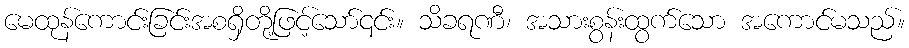
မေထုန်ကောင်းခြင်းအစရှိတို့ဖြင့်သော်၎င်း။ သိခရဏီ၊ အသားစွန်းထွက်သော အကောင်မသည်။